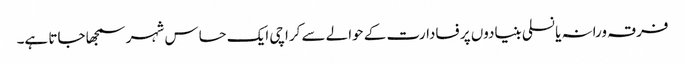
فرقہ ورانہ یا نسلی بنیادوں پر فسادارت کے حوالے سے کراچی ایک حساس شہر سمجھا جاتا ہے۔